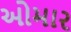
ઓમાર